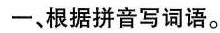
一、根据拼音写词语。